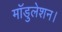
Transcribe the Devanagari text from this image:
मॉडुलेशन।